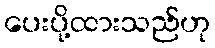
ပေးပို့ထားသည်ဟု